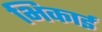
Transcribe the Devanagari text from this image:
भिकाई